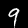
Digit: 9